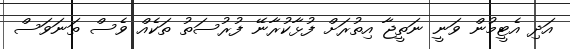
އަދި އެޓީމުން ވަނީ ނަތީޖާ އިތުރަށް ފުޅާކުރާނޭ ފުރުސަތު ތަކެއް ވެސް ތަނަވަސް